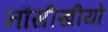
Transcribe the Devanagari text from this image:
नौसीखीयों